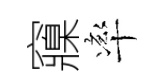
䆿率